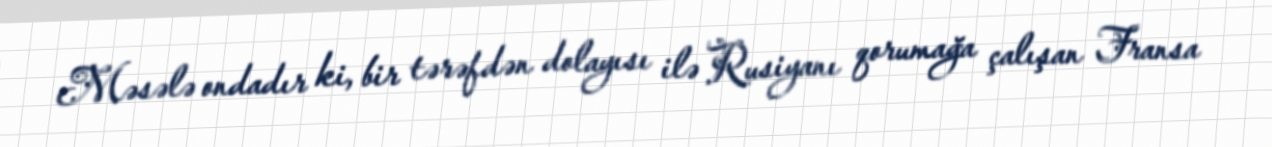
Məsələ ondadır ki, bir tərəfdən dolayısı ilə Rusiyanı qorumağa çalışan Fransa